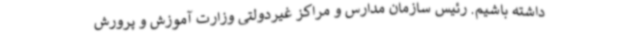
داشته باشیم. رئیس سازمان مدارس و مراکز غیردولتی وزارت آموزش و پرورش